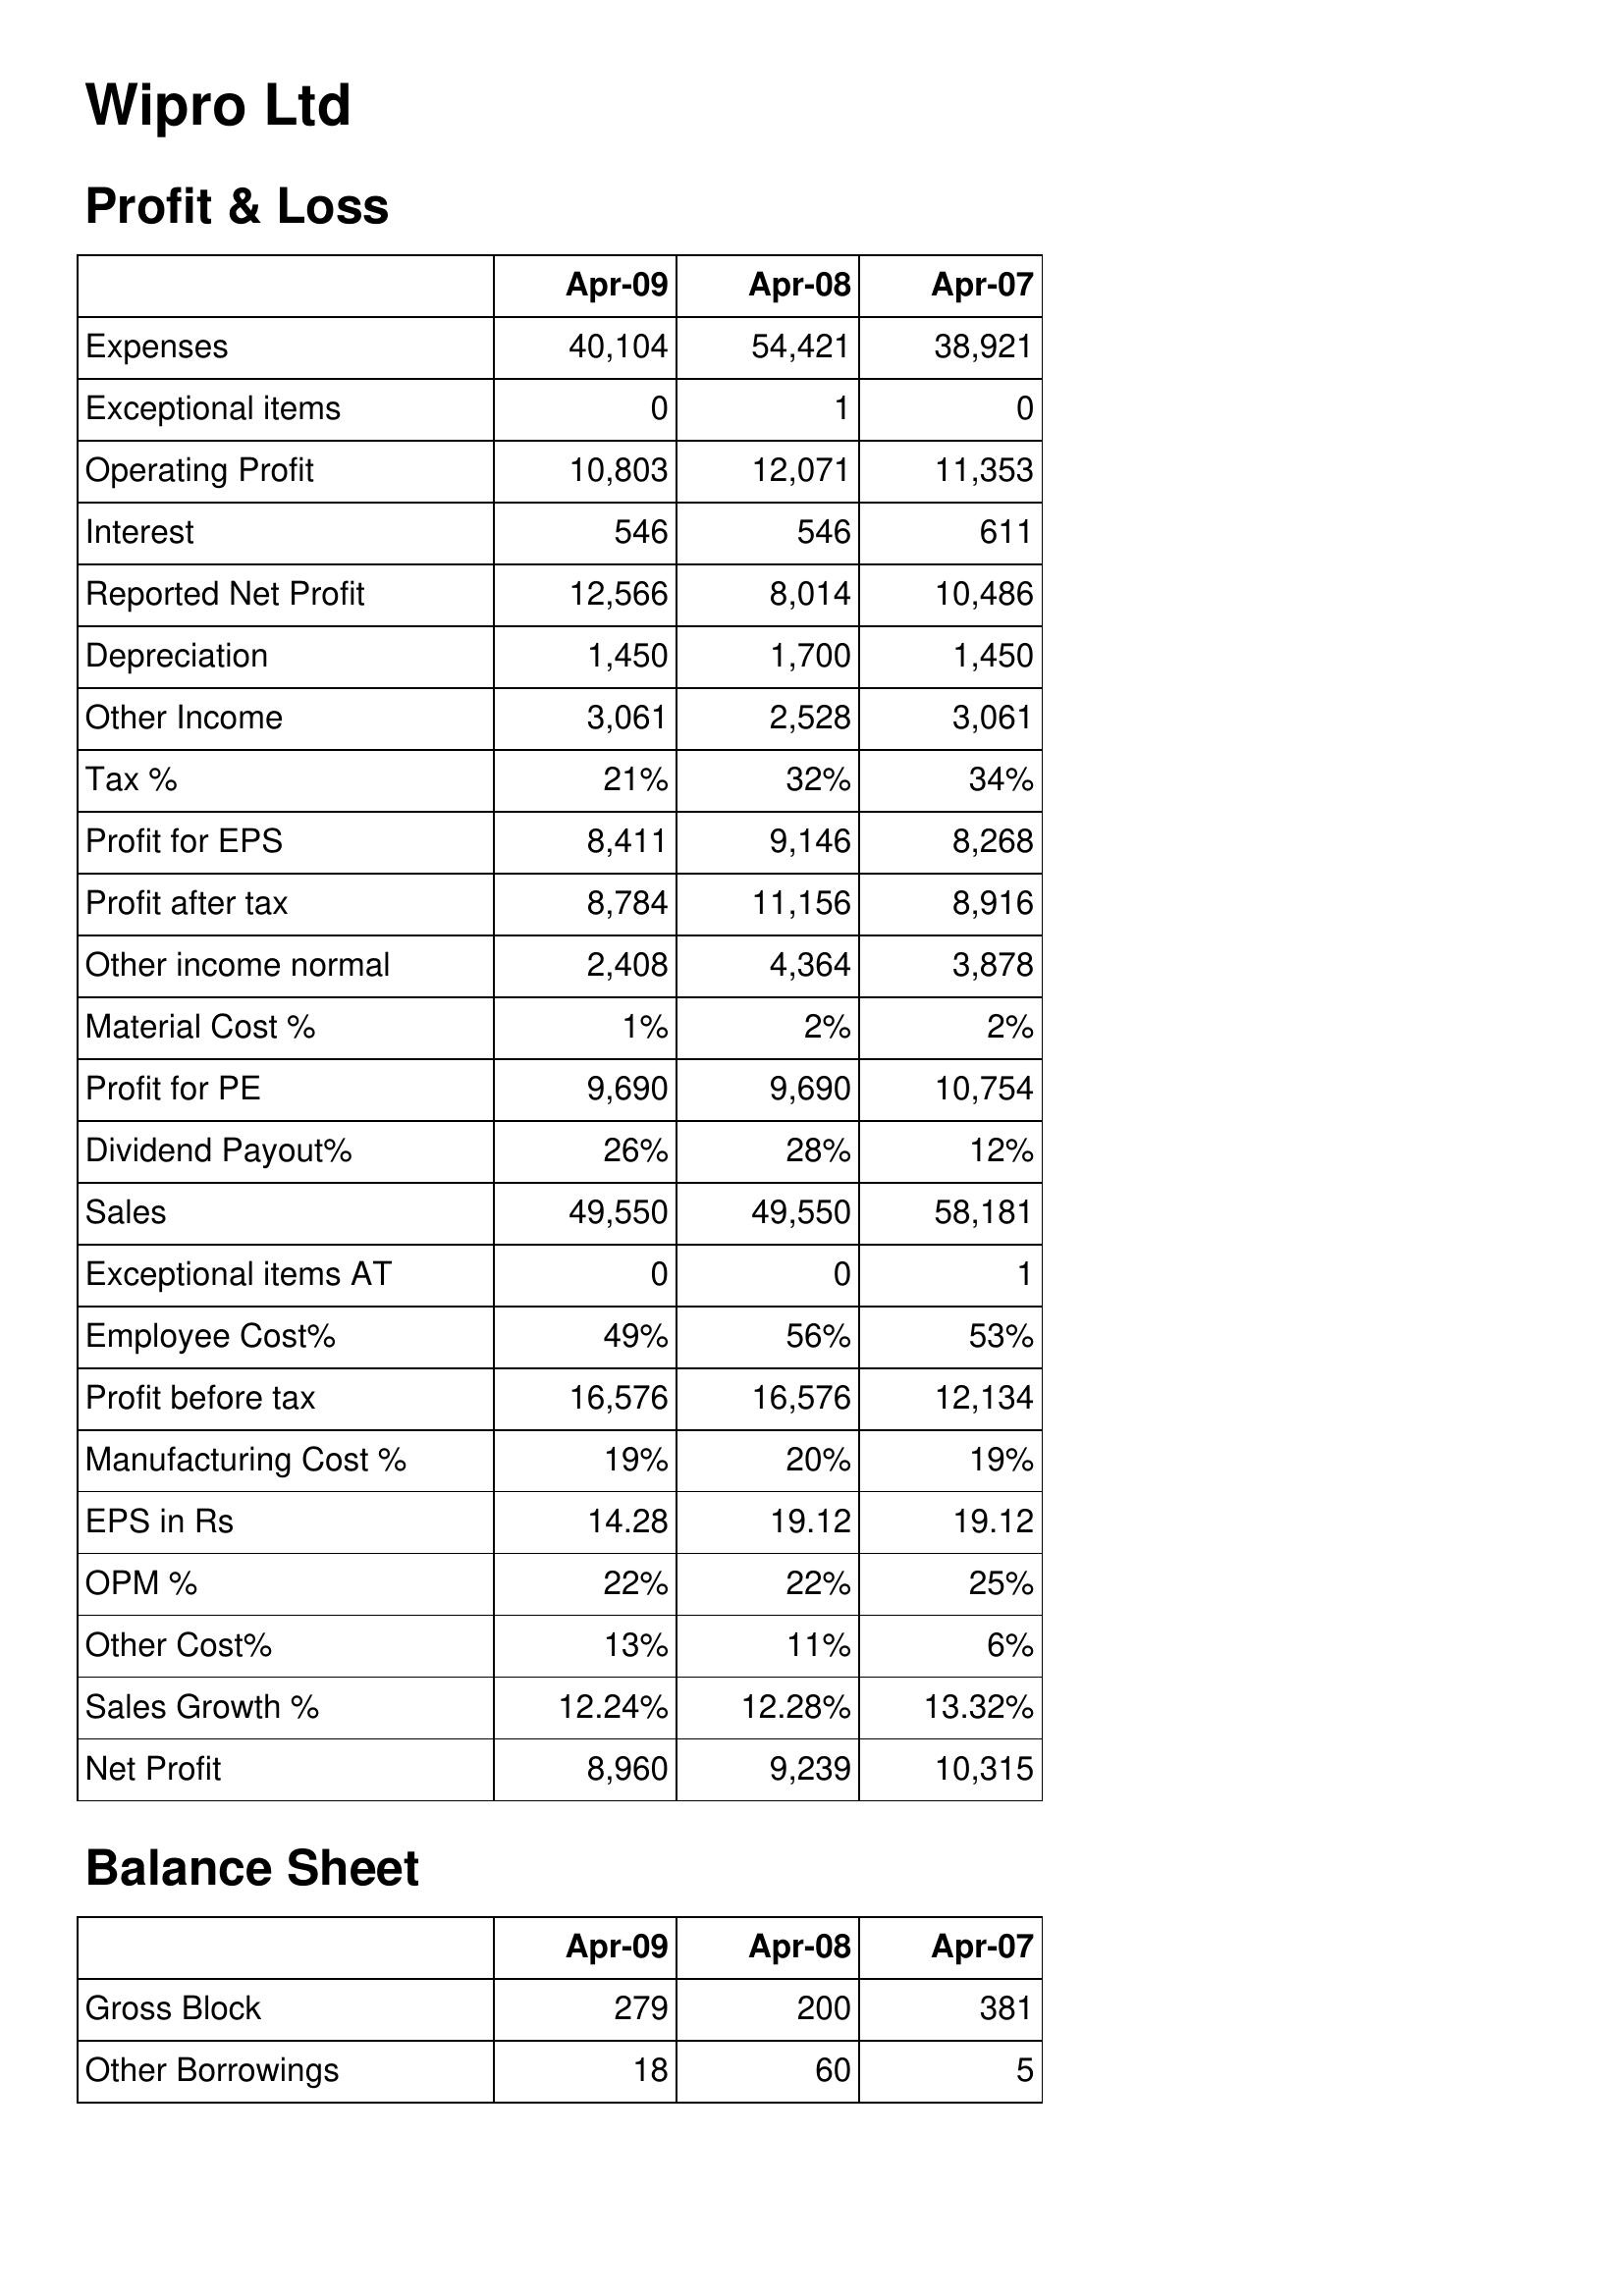
Apr-09: Profit & Loss: Expenses: 40,104
Exceptional items: 0
Operating Profit: 10,803
Interest: 546
Reported Net Profit: 12,566
Depreciation: 1,450
Other Income: 3,061
Tax %: 21%
Profit for EPS: 8,411
Profit after tax: 8,784
Other income normal: 2,408
Material Cost %: 1%
Profit for PE: 9,690
Dividend Payout%: 26%
Sales: 49,550
Exceptional items AT: 0
Employee Cost%: 49%
Profit before tax: 16,576
Manufacturing Cost %: 19%
EPS in Rs: 14.28
OPM %: 22%
Other Cost%: 13%
Sales Growth %: 12.24%
Net Profit: 8,960
Balance Sheet: Gross Block: 279
Other Borrowings: 18
Apr-08: Profit & Loss: Expenses: 54,421
Exceptional items: 1
Operating Profit: 12,071
Interest: 546
Reported Net Profit: 8,014
Depreciation: 1,700
Other Income: 2,528
Tax %: 32%
Profit for EPS: 9,146
Profit after tax: 11,156
Other income normal: 4,364
Material Cost %: 2%
Profit for PE: 9,690
Dividend Payout%: 28%
Sales: 49,550
Exceptional items AT: 0
Employee Cost%: 56%
Profit before tax: 16,576
Manufacturing Cost %: 20%
EPS in Rs: 19.12
OPM %: 22%
Other Cost%: 11%
Sales Growth %: 12.28%
Net Profit: 9,239
Balance Sheet: Gross Block: 200
Other Borrowings: 60
Apr-07: Profit & Loss: Expenses: 38,921
Exceptional items: 0
Operating Profit: 11,353
Interest: 611
Reported Net Profit: 10,486
Depreciation: 1,450
Other Income: 3,061
Tax %: 34%
Profit for EPS: 8,268
Profit after tax: 8,916
Other income normal: 3,878
Material Cost %: 2%
Profit for PE: 10,754
Dividend Payout%: 12%
Sales: 58,181
Exceptional items AT: 1
Employee Cost%: 53%
Profit before tax: 12,134
Manufacturing Cost %: 19%
EPS in Rs: 19.12
OPM %: 25%
Other Cost%: 6%
Sales Growth %: 13.32%
Net Profit: 10,315
Balance Sheet: Gross Block: 381
Other Borrowings: 5